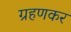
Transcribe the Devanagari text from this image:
ग्रहणकर